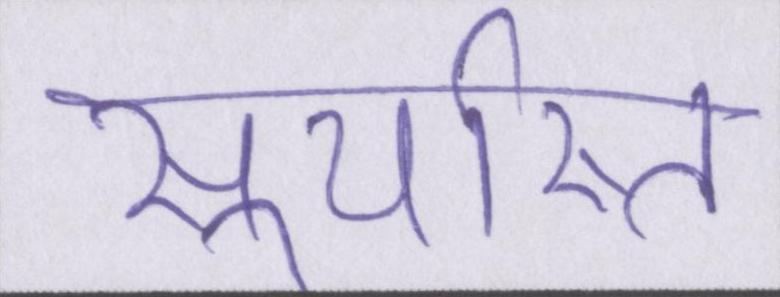
सूर्यास्त